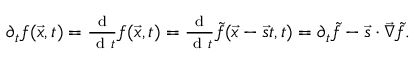
\begin{array} { r } { \partial _ { t } f ( \vec { x } , t ) = \frac { \mathrm { ~ d ~ } } { \mathrm { ~ d ~ } t } f ( \vec { x } , t ) = \frac { \mathrm { ~ d ~ } } { \mathrm { ~ d ~ } t } \tilde { f } ( \vec { x } - \vec { s } t , t ) = \partial _ { t } \tilde { f } - \vec { s } \cdot \vec { \nabla } \tilde { f } . } \end{array}